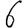
Digit: 6